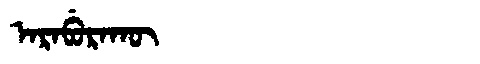
Manchu: ᠠᡵᠠᠪᡠᡵᠠᡴᡡ
Romanization: ARABURAKŪ